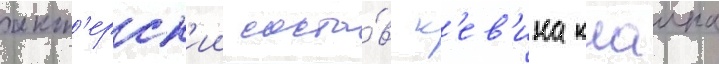
акт'ерск'ии соста́в к'ев'ина клаина